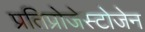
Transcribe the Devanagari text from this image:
प्रतिप्रोजेस्टोजेन